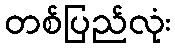
တစ်ပြည်လုံး